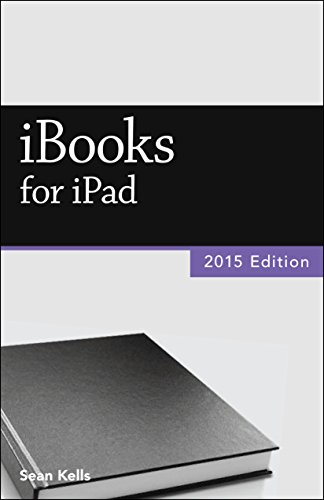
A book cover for iBooks for iPad (2015 Edition); Sean Kells; Computers & Technology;